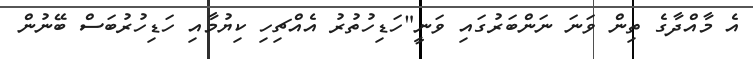
އެ މާއްދާގެ ތިން ވަނަ ނަންބަރުގައި ވަނީ"ހަޑިހުތުރު އެއްޗިހި ކިޔުމާއި ހަޑިހުރުބަސް ބޭނުން